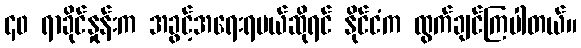
၄၀ ရာခိုင်နှုန်းက အခွင့်အရေးရမယ်ဆိုရင် နိုင်ငံက ထွက်ချင်ကြပါတယ်။